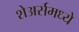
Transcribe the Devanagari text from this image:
शेअर्समध्ये